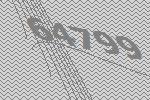
64799